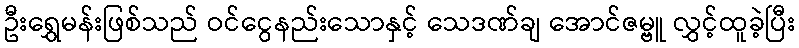
ဦးရွှေမန်းဖြစ်သည် ဝင်ငွေနည်းသောနှင့် သေဒဏ်ချ အောင်ဇမ္ဗူ လွှင့်ထူခဲ့ပြီး